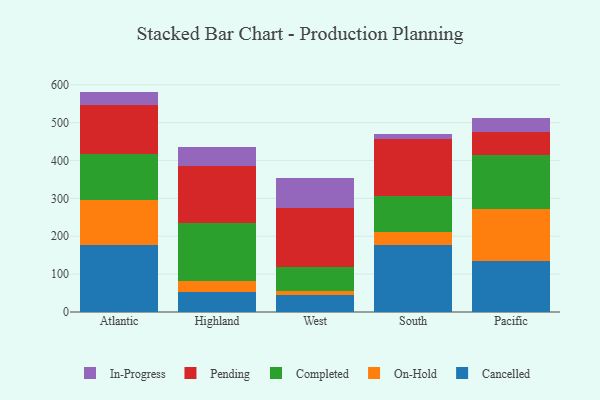
{"axis": {"x": "Region", "y": "Bounce Rate (%)"}, "legend": ["Cancelled", "Completed", "In-Progress", "On-Hold", "Pending"], "data": [{"x": "Atlantic", "y": 176.7, "type": "Cancelled"}, {"x": "Atlantic", "y": 119.0, "type": "On-Hold"}, {"x": "Atlantic", "y": 120.4, "type": "Completed"}, {"x": "Atlantic", "y": 129.2, "type": "Pending"}, {"x": "Atlantic", "y": 36.6, "type": "In-Progress"}, {"x": "Highland", "y": 54.0, "type": "Cancelled"}, {"x": "Highland", "y": 28.0, "type": "On-Hold"}, {"x": "Highland", "y": 152.7, "type": "Completed"}, {"x": "Highland", "y": 151.5, "type": "Pending"}, {"x": "Highland", "y": 50.5, "type": "In-Progress"}, {"x": "West", "y": 43.7, "type": "Cancelled"}, {"x": "West", "y": 12.4, "type": "On-Hold"}, {"x": "West", "y": 63.1, "type": "Completed"}, {"x": "West", "y": 155.9, "type": "Pending"}, {"x": "West", "y": 77.4, "type": "In-Progress"}, {"x": "South", "y": 177.0, "type": "Cancelled"}, {"x": "South", "y": 33.8, "type": "On-Hold"}, {"x": "South", "y": 94.9, "type": "Completed"}, {"x": "South", "y": 150.7, "type": "Pending"}, {"x": "South", "y": 12.3, "type": "In-Progress"}, {"x": "Pacific", "y": 135.8, "type": "Cancelled"}, {"x": "Pacific", "y": 137.3, "type": "On-Hold"}, {"x": "Pacific", "y": 141.4, "type": "Completed"}, {"x": "Pacific", "y": 60.6, "type": "Pending"}, {"x": "Pacific", "y": 36.8, "type": "In-Progress"}]}